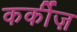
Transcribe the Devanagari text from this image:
कर्कीज़